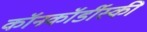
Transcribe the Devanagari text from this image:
कॉनकॉर्डीस्की